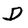
Character: D